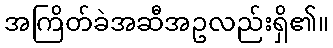
အကြိတ်ခဲအဆီအဥလည်းရှိ၏။